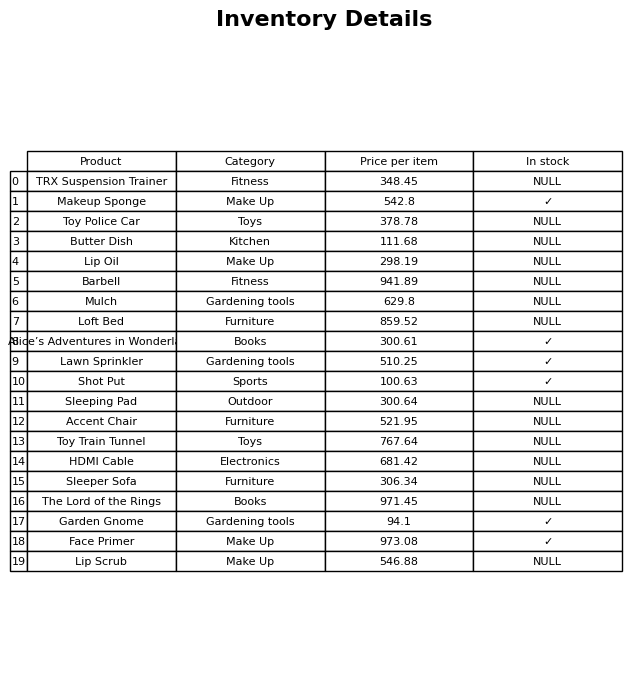
question: What is the price of the Lip Scrub?
answer: The price of Lip Scrub is 546.88.